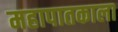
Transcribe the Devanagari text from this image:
महापातकाला